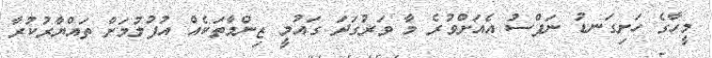
މީހާގެ ހަށިގަނޑު ނަފްސު އެއަށްވުރެ މާ ވަރުގަދަ ގައުމީ ޒިންމާތަކެއް އުފުލުމަށް ތައްޔާރުކުރާ